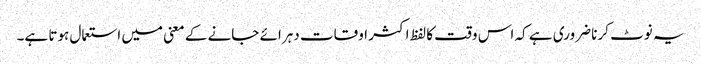
یہ نوٹ کرنا ضروری ہے کہ اس وقت کا لفظ اکثر اوقات دہرائے جانے کے معنی میں استعمال ہوتا ہے۔